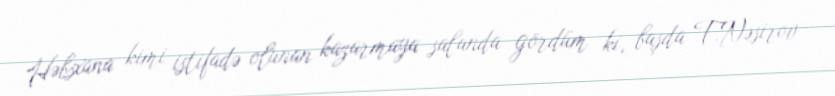
Həbsxana kimi istifadə olunan kazarmaya salanda gördüm ki, başda T.Nəsirov